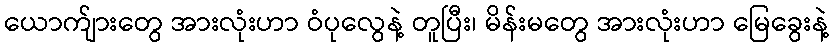
ယောက်ျားတွေ အားလုံးဟာ ဝံပုလွေနဲ့ တူပြီး၊ မိန်းမတွေ အားလုံးဟာ မြေခွေးနဲ့